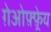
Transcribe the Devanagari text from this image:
ग़ेओफ़्फ़्रेय